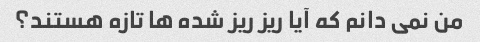
من نمی دانم که آیا ریز ریز شده ها تازه هستند؟